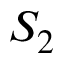
S _ { 2 }